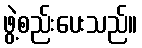
ဖွဲ့စည်းပေးသည်။